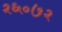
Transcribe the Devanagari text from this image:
२६०७२